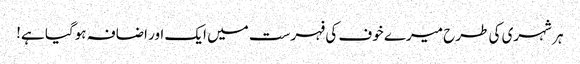
ہر شہری کی طرح میرے خوف کی فہرست میں ایک اور اضافہ ہوگیا ہے!